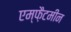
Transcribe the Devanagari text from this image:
एम्फ़ैटमीन